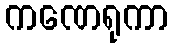
ကဏေရုကာ